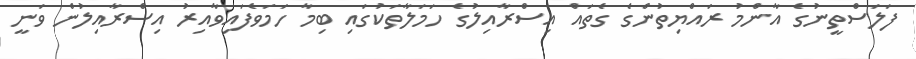
ފަލަސްތީނުގެ އާންމު ރައްޔިތުންގެ ގެތައް އިސްރާއިލުގެ ހަމަލާތަކުގައި ބިމާ ހަމަވެފައިވާއިރު އިސްރާއިލުން ވަނީ